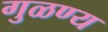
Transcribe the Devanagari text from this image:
गुळण्य